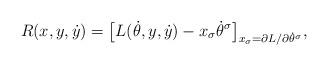
LaTeX: \begin{align*} R ( x, y , \dot{y} ) = \bigl[ L ( \dot{\theta} , y, \dot{y} ) - x _\sigma \dot{\theta} ^\sigma \bigr] _{ x _\sigma = \partial L / \partial \dot{\theta} ^\sigma } ,\end{align*}